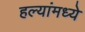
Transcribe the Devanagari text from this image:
हल्यांमध्ये